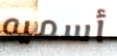
أسميه